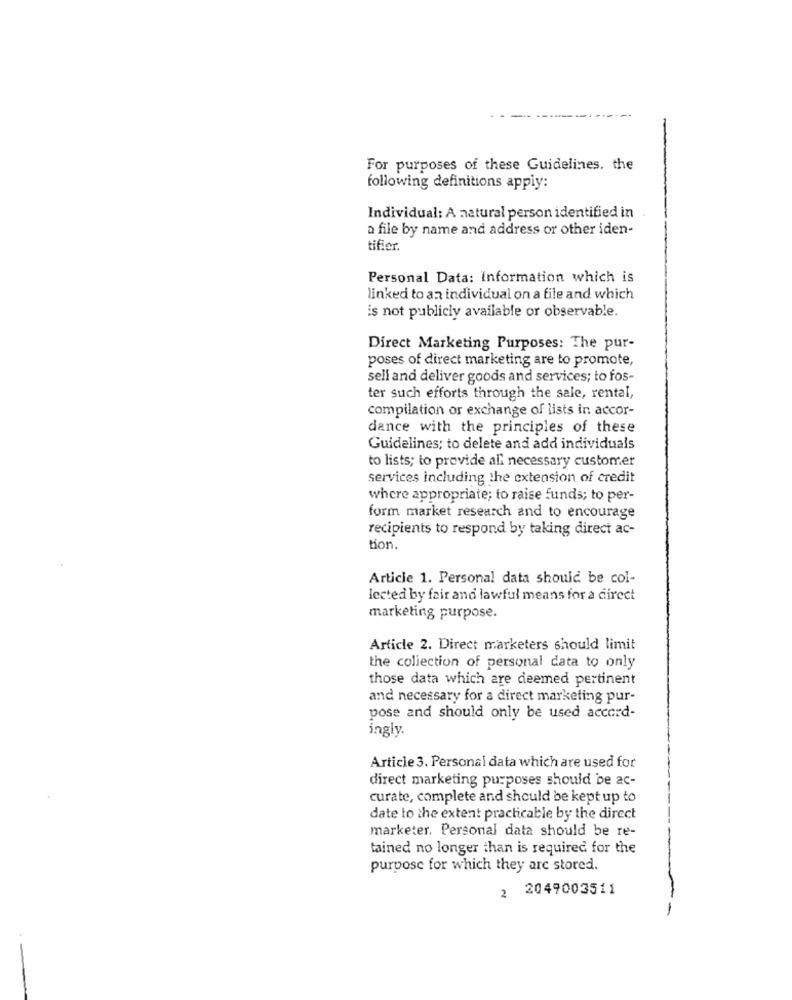
For purposes of these Guidelines, the
following definitions appiy:
Individual: A natural person identified in
a file by name and address or other iden-
tifier.
Personal Data: Information which is
linked to an individual on a file and which
is not publicly available or observable.
Direct Marketing Purposes: The pur-
poses of direct marketing are to promote,
sell and deliver goods and services; to fos-
ter such efforts through the sale, rental,
compilation or exchange of lists in accor-
dance with the principles of these
Guidelines; to delete and add individuals
to lists; to provide all necessary customer
services including the extension of credit
where appropriate; to raise funds; to per-
form market research and to encourage
recipients to respond by taking direct ac-
tion.
Article 1. Personal data should be col-
lected by fair and lawful means for a direct
marketing purpose.
Article 2. Direct marketers should limit
the collection of personal data to only
those data which are deemed pertinent
and necessary for a direct marketing pur-
pose and should only be used accord-
ingly.
Article 3. Personal data which are used for
direct marketing purposes should be ac-
curate, complete and should be kept up to
date to the extent practicable by the direct
marketer. Personal data should be re-
tained no longer than is required for the
purpose for which they are stored.
2049003511
-